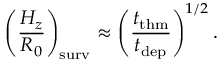
\left( \frac { H _ { z } } { R _ { 0 } } \right) _ { \mathrm { s u r v } } \approx \left( \frac { t _ { \mathrm { t h m } } } { t _ { \mathrm { d e p } } } \right) ^ { 1 / 2 } .